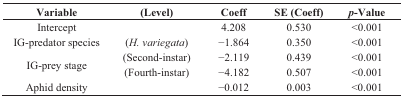
<table><thead><tr><td><b>Variable</b></td><td><b>(Level)</b></td><td><b>Coeff</b></td><td><b>SE (Coeff)</b></td><td><b><i>p</i>-Value</b></td></tr></thead><tbody><tr><td>Intercept</td><td></td><td>4.208</td><td>0.530</td><td>&lt;0.001</td></tr><tr><td>IG-predator species</td><td>(<i>H. variegata</i>)</td><td>−1.864</td><td>0.350</td><td>&lt;0.001</td></tr><tr><td rowspan="2">IG-prey stage</td><td>(Second-instar)</td><td>−2.119</td><td>0.439</td><td>&lt;0.001</td></tr><tr><td>(Fourth-instar)</td><td>−4.182</td><td>0.507</td><td>&lt;0.001</td></tr><tr><td>Aphid density</td><td></td><td>−0.012</td><td>0.003</td><td>&lt;0.001</td></tr></tbody></table>